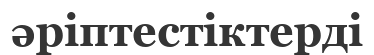
әріптестіктерді